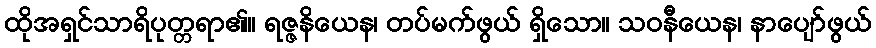
ထိုအရှင်သာရိပုတ္တရာ၏။ ရဇ္ဇနိယေန၊ တပ်မက်ဖွယ် ရှိသော။ သဝနီယေန၊ နာပျော်ဖွယ်